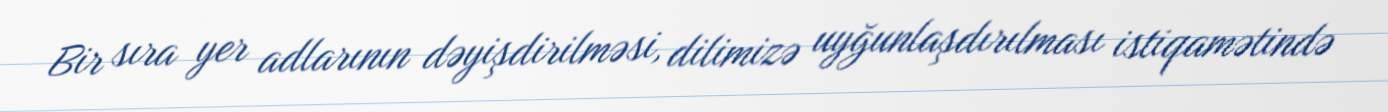
Bir sıra yer adlarının dəyişdirilməsi, dilimizə uyğunlaşdırılması istiqamətində